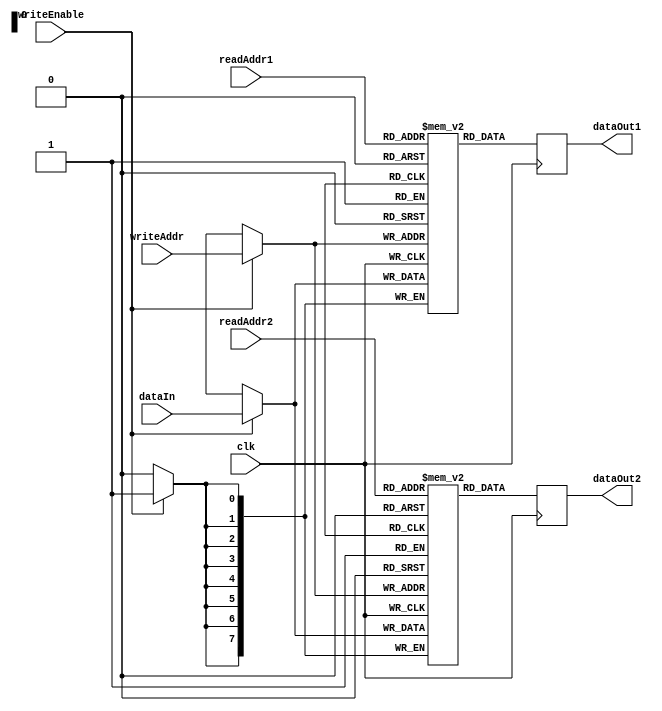
module RegisterFile (
  input wire clk,
  input wire [7:0] readAddr1,
  input wire [7:0] readAddr2,
  input wire [7:0] writeAddr,
  input wire writeEnable,
  input wire [7:0] dataIn,
  output reg [7:0] dataOut1,
  output reg [7:0] dataOut2
);

reg [7:0] memoryBlock1 [0:255];
reg [7:0] memoryBlock2 [0:255];

always @(posedge clk) begin
  if (writeEnable) begin
    memoryBlock1[writeAddr] <= dataIn;
    memoryBlock2[writeAddr] <= dataIn;
  end

  dataOut1 <= memoryBlock1[readAddr1];
  dataOut2 <= memoryBlock2[readAddr2];
end

endmodule